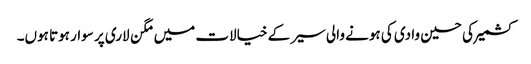
کشمیر کی حسین وادی کی ہونے والی سیر کے خیالات میں مگن لاری پر سوار ہوتا ہوں۔